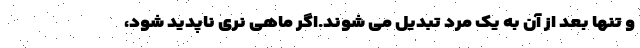
و تنها بعد از آن به یک مرد تبدیل می شوند.اگر ماهی نری ناپدید شود،